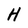
Character: H